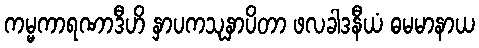
ကမ္မကာရဏာဒီဟိ နှာပကသုနှာပိတာ ဖလခါဒနီယံ ဓမမာနာယ